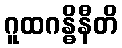
ဂူထဂန္ဓိနီတိ